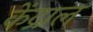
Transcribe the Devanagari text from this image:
केंद्राल